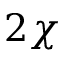
2 \chi